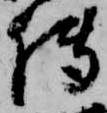
伝